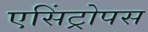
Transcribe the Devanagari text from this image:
एसिंट्रोपस